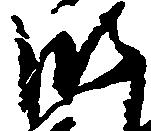
御